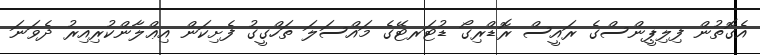
އެގޮތުން ފިލިޕީންސްގެ ރައީސް ރޮޑްރިގޯ ޑުޓަރޓޭގެ މައްސަލަ ތަހްގީގު ފެށިކަން އިޢްލާންކުރިއިރު ދެވަނަ